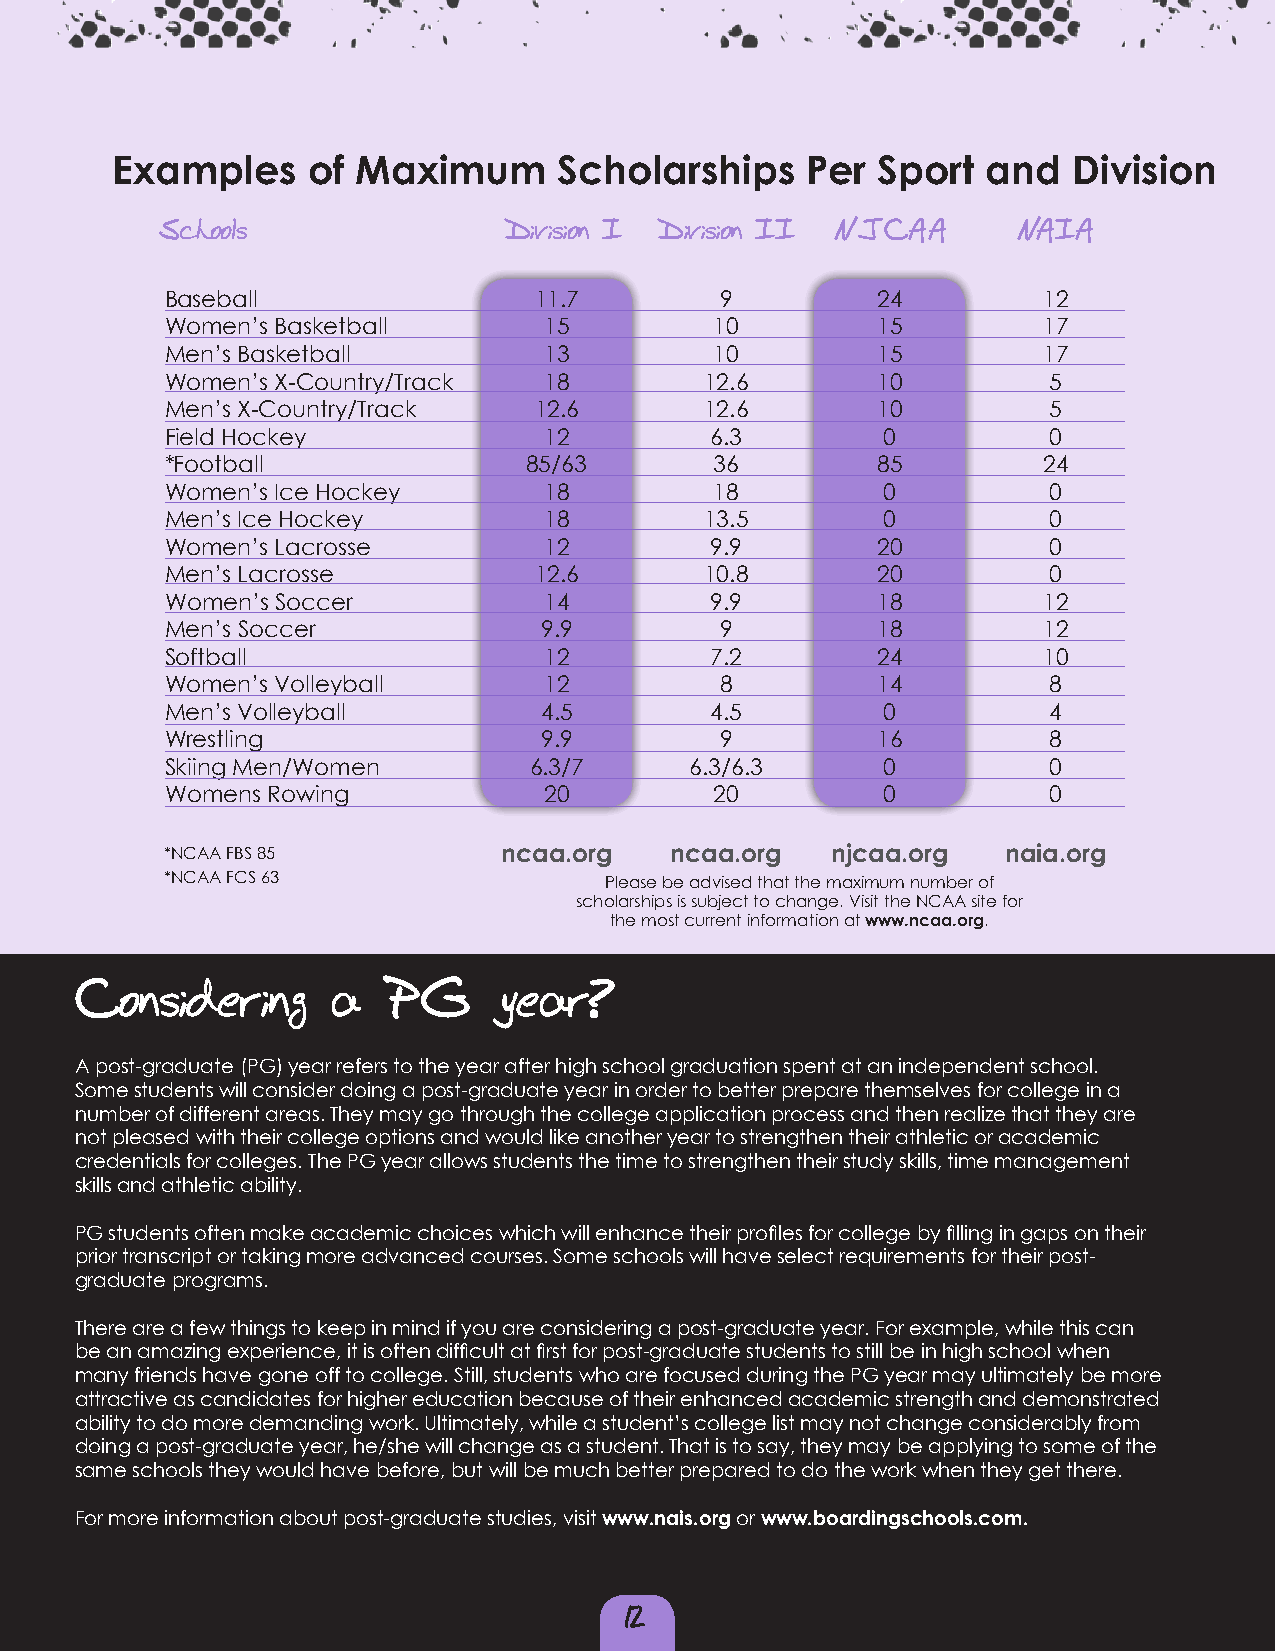
Examples     of Maximum       Scholarships    Per  Sport  and   Division
 Schools                Division I Division II NJCAA      NAIA
 Baseball                11.7         9         24         12
 Women’s Basketball       15         10         15         17
 Men’s Basketball         13         10         15         17
 Women’s X-Country/Track  18        12.6        10         5
 Men’s X-Country/Track   12.6       12.6        10         5
 Field Hockey             12         6.3        0          0
 *Football               85/63       36         85         24
 Women’s Ice Hockey       18         18         0          0
 Men’s Ice Hockey         18        13.5        0          0
 Women’s Lacrosse         12         9.9        20         0
 Men’s Lacrosse          12.6       10.8        20         0
 Women’s Soccer           14         9.9        18         12
 Men’s Soccer             9.9         9         18         12
 Softball                 12         7.2        24         10
 Women’s Volleyball       12          8         14         8
 Men’s Volleyball         4.5        4.5        0          4
 Wrestling                9.9         9         16         8
 Skiing Men/Women        6.3/7      6.3/6.3     0          0
 Womens Rowing            20         20         0          0
 *NCAA FBS 85          ncaa.org   ncaa.org   njcaa.org  naia.org
 *NCAA FCS 63                 Please be advised that the maximum number of
 scholarships is subject to change. Visit the NCAA site for
 the most current information at www.ncaa.org.
 Considering      a  PG      year?
 A post-graduate (PG) year refers to the year after high school graduation spent at an independent school.
 Some students will consider doing a post-graduate year in order to better prepare themselves for college in a
 number of different areas. They may go through the college application process and then realize that they are
 not pleased with their college options and would like another year to strengthen their athletic or academic
 credentials for colleges. The PG year allows students the time to strengthen their study skills, time management
 skills and athletic ability.
 PG students often make academic choices which will enhance their profiles for college by filling in gaps on their
 prior transcript or taking more advanced courses. Some schools will have select requirements for their post-
 graduate programs.
 There are a few things to keep in mind if you are considering a post-graduate year. For example, while this can
 be an amazing experience, it is often difficult at first for post-graduate students to still be in high school when
 many friends have gone off to college. Still, students who are focused during the PG year may ultimately be more
 attractive as candidates for higher education because of their enhanced academic strength and demonstrated
 ability to do more demanding work. Ultimately, while a student’s college list may not change considerably from
 doing a post-graduate year, he/she will change as a student. That is to say, they may be applying to some of the
 same schools they would have before, but will be much better prepared to do the work when they get there.
 For more information about post-graduate studies, visit www.nais.org or www.boardingschools.com.
 12